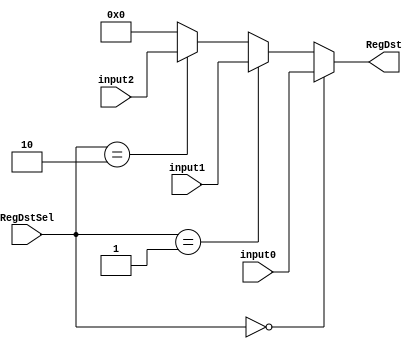
`timescale 1ns / 1ps
//////////////////////////////////////////////////////////////////////////////////
// Company: 
// Engineer: 
// 
// Design Name: 
// Module Name:    mux 
// Project Name: 
// Target Devices: 
// Tool versions: 
// Description: 
//
// Dependencies: 
//
// Revision: 
// Revision 0.01 - File Created
// Additional Comments: 
//
//////////////////////////////////////////////////////////////////////////////////
module RegDstmux(
    input [2:0] RegDstSel,
    input [4:0] input0,
    input [4:0] input1,
    input [4:0] input2,
    output [4:0] RegDst
    );
    assign RegDst = (RegDstSel==3'b000)? input0:
                    (RegDstSel==3'b001)? input1:
                    (RegDstSel==3'b010)? input2:
                    5'b00000;


endmodule

module ALUSrcmux(
    input [2:0] ALUSrcSel,
    input [31:0] input0,
    input [31:0] input1,
    output [31:0] ALUSrc
    );
    assign ALUSrc = (ALUSrcSel==3'b000)? input0:
                    (ALUSrcSel==3'b001)? input1:
                    32'h0000_0000;

endmodule

module toRegmux(
    input [2:0] toRegSel,
    input [31:0] input0,
    input [31:0] input1,
    input [31:0] input2,
    input [31:0] input3,
    output [31:0] toReg
    );
    assign toReg = (toRegSel==3'b000)? input0:
                    (toRegSel==3'b001)? input1:
                    (toRegSel==3'b010)? input2:
                    (toRegSel==3'b011)? input3:
                    32'h0000_0000;

endmodule